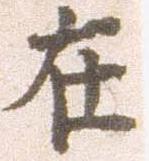
在